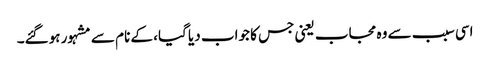
اسی سبب سے وہ مجاب یعنی جس کا جواب دیا گیا، کے نام سے مشہور ہوگئے۔